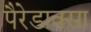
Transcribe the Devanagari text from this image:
पैरेडाक्सा